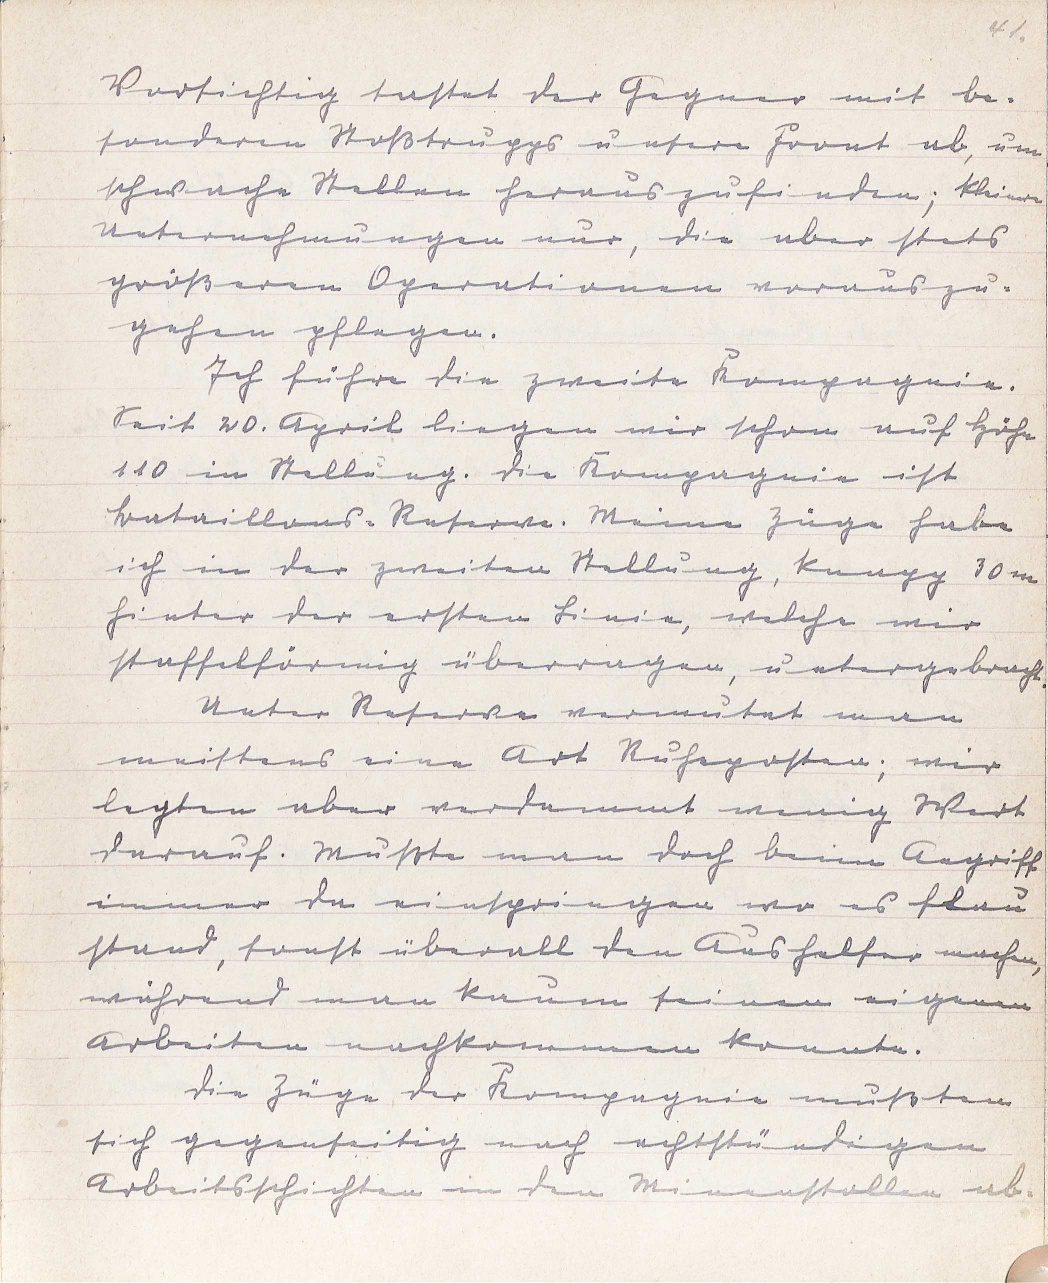
41.
Vorsichtig tastet der Gegner mit be¬
sonderen Stoßtrupps unsere Front ab, um
schwache Stellen heraus zufinden; kleinere
Unternehmungen nur, die aber stets
größeren Operationen voraus zu¬
gehen pflegen.
Ich führe die zweite Kompagnie.
Seit 20. April liegen wir schon auf Höhe
110 in Stellung. Die Kompagnie ist
Bataillons-Reserve. Meine Züge habe
ich in der zweiten Stellung, knapp 30 m
hinter der ersten Linie, welche wir
staffelförmig überragen, untergebracht.
Unter Reserve vermutet man
meistens eine Art Ruheposten; wir
legten aber verdammt wenig Wert
darauf. Mußte man doch beim Angriff
immer da einspringen wo es flau
stand, sonst überall den Aushelfer machen,
während man kaum seinen eigenen
Arbeiten nachkommen konnte.
Die Züge der Kompagnie mußten
sich gegenseitig nach achtstündigen
Arbeitsschichten inden Minenstollen ab¬